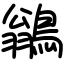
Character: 鶲